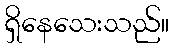
ရှိနေသေးသည်။